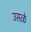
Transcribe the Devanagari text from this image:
उसळे